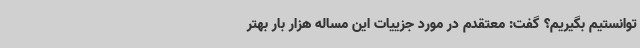
توانستیم بگیریم؟ گفت: معتقدم در مورد جزییات این مساله هزار بار بهتر